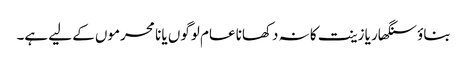
بناؤ سنگھار یا زینت کا نہ دکھانا عام لوگوں یا نا محرموں کے لیے ہے۔